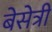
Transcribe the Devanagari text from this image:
बेसेत्री